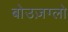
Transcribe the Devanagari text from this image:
बोउज़ग्लो